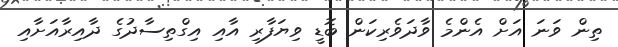
ތިން ވަނަ އަށް އެންމެ ވާދަވެރިިކަން ބޮޑީ ވިޔަފާރި އާއި އިގްތިސާދުގެ ދާއިރާއަށާއި